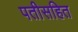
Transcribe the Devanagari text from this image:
पतीसहित